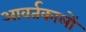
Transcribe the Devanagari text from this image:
आवर्तकालों